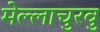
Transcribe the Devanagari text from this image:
मेल्‍लाचुरवु